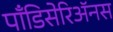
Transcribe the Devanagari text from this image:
पाँडिसेरिॲनस